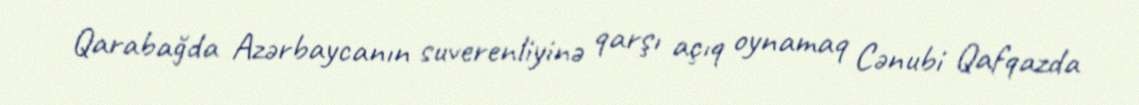
Qarabağda Azərbaycanın suverenliyinə qarşı açıq oynamaq Cənubi Qafqazda